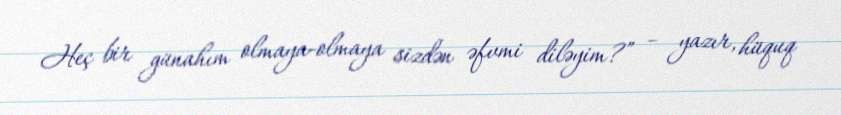
Heç bir günahım olmaya-olmaya sizdən əfvmi diləyim?” – yazır, hüquq